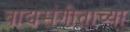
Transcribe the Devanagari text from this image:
वाद्यसंगीताच्या